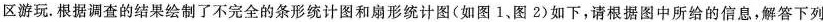
区游玩.根据调查的结果绘制了不完全的条形统计图和扇形统计图(如图1、图2)如下，请根据图中所给的信息，解答下列